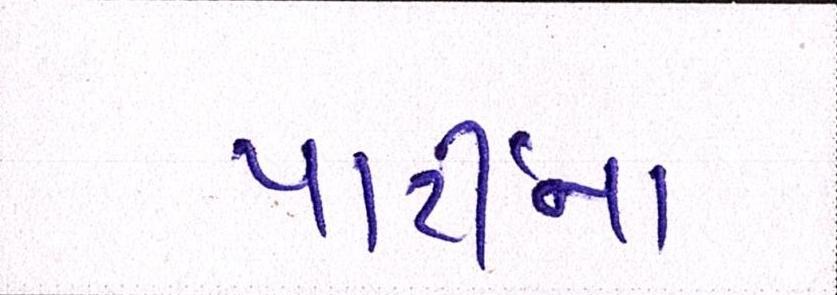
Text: પાર્ટીનાં